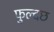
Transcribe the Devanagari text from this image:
फुल्दछ